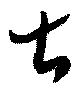
古